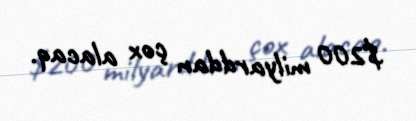
$200 milyarddan çox alacaq.